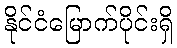
နိုင်ငံမြောက်ပိုင်းရှိ